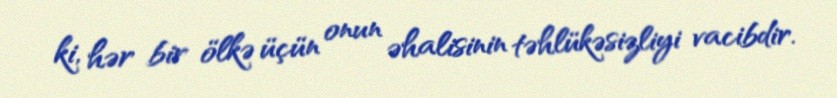
ki, hər bir ölkə üçün onun əhalisinin təhlükəsizliyi vacibdir.